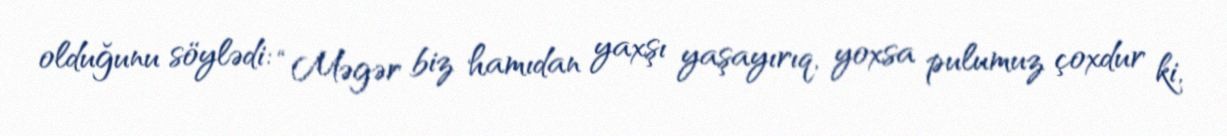
olduğunu söylədi: “Məgər biz hamıdan yaxşı yaşayırıq, yoxsa pulumuz çoxdur ki,